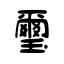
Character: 璽